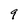
Character: 9